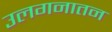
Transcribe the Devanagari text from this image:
उलगनातन